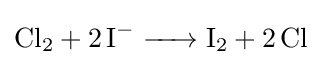
{\ce {Cl2 + 2I- -> I2 + 2 Cl}}